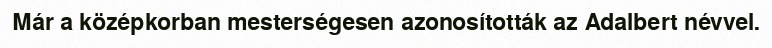
Már a középkorban mesterségesen azonosították az Adalbert névvel.